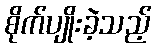
စိုက်ပျိုးခဲ့သည့်